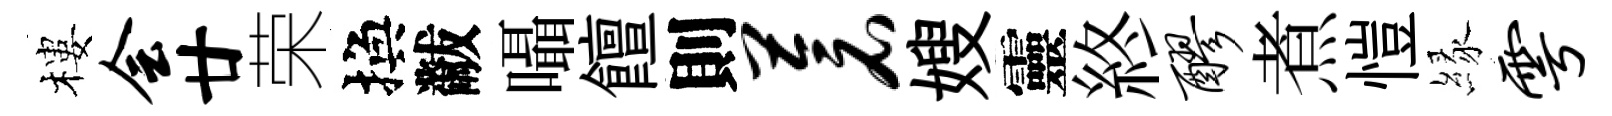
樓会廿荣換黻囁饘則苍嫂靈終醪煮愷縁雩